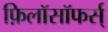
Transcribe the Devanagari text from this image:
फ़िलॉसॉफर्स्